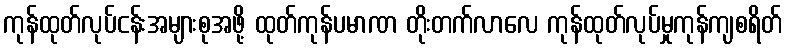
ကုန်ထုတ်လုပ်ငန်းအများစုအဖို့ ထုတ်ကုန်ပမာဏ တိုးတက်လာလေ ကုန်ထုတ်လုပ်မှုကုန်ကျစရိတ်